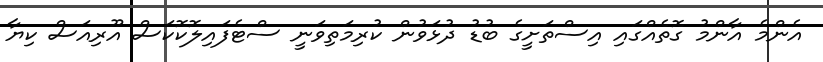
އެންމެ އާންމު ގޮތެއްގައި އިސްތަށީގެ ބުޑު ދުޅަވުން ކުރިމަތިވަނީ ސްޓެފައިލޮކޮކަސް އޫރިއަސް ކިޔާ